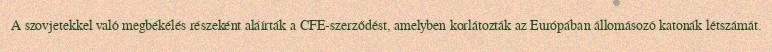
A szovjetekkel való megbékélés részeként aláírták a CFE-szerződést, amelyben korlátozták az Európában állomásozó katonák létszámát.